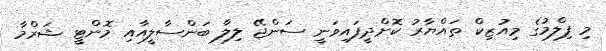
މި ފިލްމުގެ މިއުޒިކް ތައްޔާރު ކޮށްދީފައިވަނީ ސަންޖޭ ލިލާ ބަންސާލީއާއި މޮންޓީ ޝަރްމާ